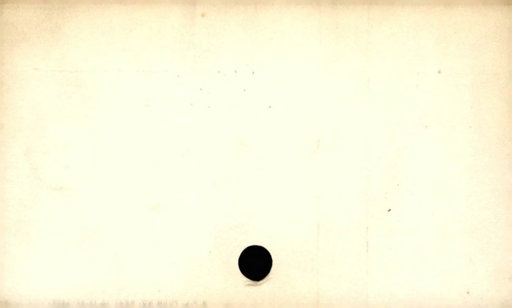
Label: blank